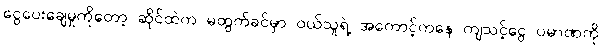
ငွေပေးချေမှုကိုတော့ ဆိုင်ထဲက မထွက်ခင်မှာ ဝယ်သူရဲ့ အကောင့်ကနေ ကျသင့်ငွေ ပမာဏကို